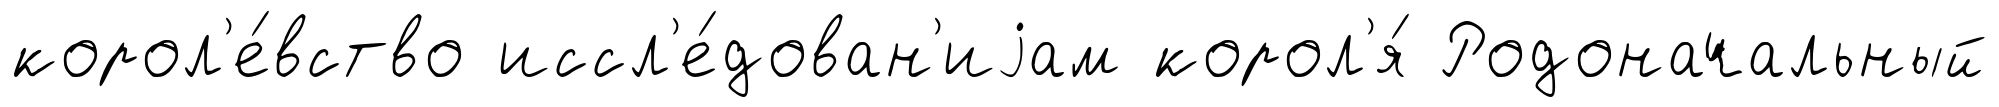
корол'е́вство иссл'е́дован'иjам корол'я́ Родоначальный